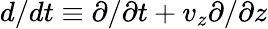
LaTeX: d/dt\equiv\partial/\partial t+v_{z}\partial/\partial z